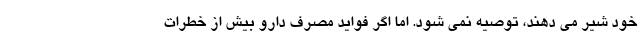
خود شیر می دهند، توصیه نمی شود. اما اگر فواید مصرف دارو بیش از خطرات